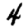
Digit: 4